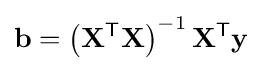
\mathbf {b} =\left(\mathbf {X} ^{\mathsf {T}}\mathbf {X} \right)^{-1}\mathbf {X} ^{\mathsf {T}}\mathbf {y}